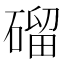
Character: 磂